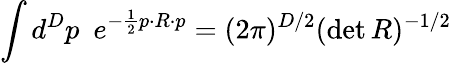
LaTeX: \int d^{D}p\, \, \, e^{-\frac{1}{2}p\cdot R\cdot p}=(2\pi)^{D/2}(\operatorname*{det}R)^{-1/2}